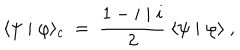
\langle \psi \mid \varphi \rangle _ { c } ~ = ~ \frac { 1 - i \mid i } { 2 } ~ \langle \psi \mid \varphi \rangle ~ ,